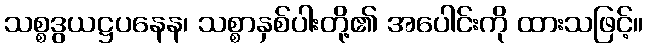
သစ္စဒွယဋ္ဌပနေန၊ သစ္စာနှစ်ပါးတို့၏ အပေါင်းကို ထားသဖြင့်။